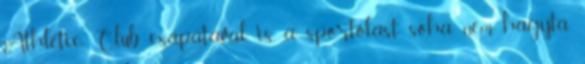
Athletic Club csapatával is, a sportolást soha nem hagyta